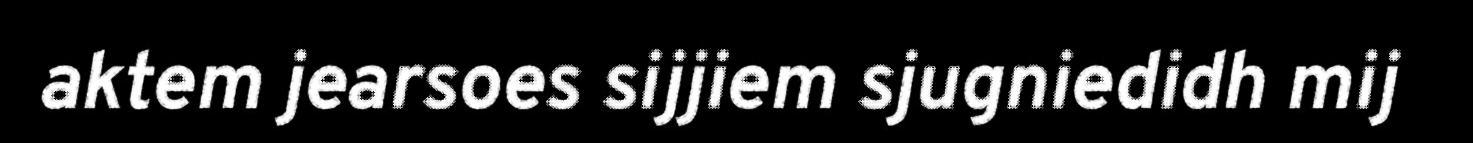
aktem jearsoes sijjiem sjugniedidh mij